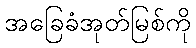
အခြေခံအုတ်မြစ်ကို